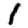
Digit: 1